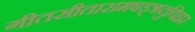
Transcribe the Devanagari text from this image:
गीतसीतारामषड्ऋतुविहार